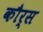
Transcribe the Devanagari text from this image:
कौर्स